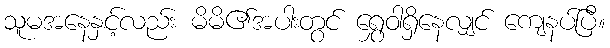
သူမအနေနှင့်လည်း မိမိ၏အပါးတွင် ရွှေဝါရှိနေလျှင် ကျေနပ်ပြီ။